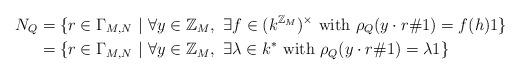
LaTeX: \begin{align*}N_Q &= \{ r \in \Gamma_{M,N} \ | \ \forall y \in \mathbb Z_M, \ \exists f \in (k^{\mathbb Z_M})^{\times} \ {\rm with} \ \rho_Q(y\cdot r \# 1)=f(h)1\} \\ &= \{ r \in \Gamma_{M,N} \ | \ \forall y \in \mathbb Z_M, \ \exists \lambda \in k^* \ {\rm with} \ \rho_Q(y\cdot r \# 1)=\lambda 1\}\end{align*}